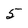
Character: 5